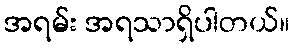
အရမ်း အရသာရှိပါတယ်။